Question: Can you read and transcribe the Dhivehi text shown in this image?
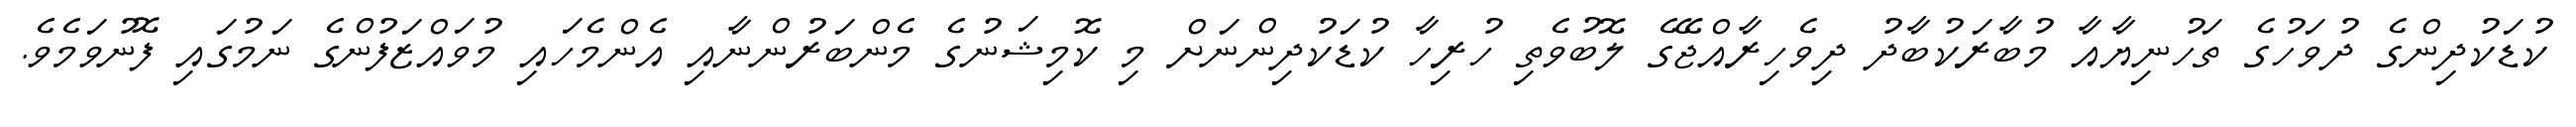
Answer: ކުޑަކުދިންގެ ދުވަހުގެ ތަހުނިޔާއާ މުބާރަކުބާދު ދިވެހިރާއްޖޭގެ ލޮބުވެތި ހުރިހާ ކުޑަކުދިންނަށް މި ކޮމިޝަނުގެ މެންބަރުންނާއި އެންމެހައި މުވައްޒަފުންގެ ނަމުގައި ފޮނުވަމެވެ.